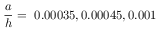
\frac { a } { h } = ~ 0 . 0 0 0 3 5 , 0 . 0 0 0 4 5 , 0 . 0 0 1